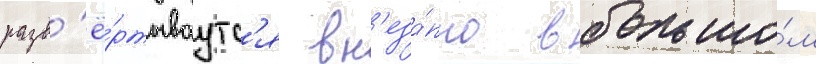
разв'ё́ртываутс'я вн'еза́пно в большо́м